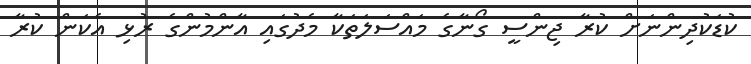
ކުޑަކުދިންނަށް ކުރާ ޖިންސީ ގޯނާގެ މައްސަލަތަކާ މެދުގައި އާންމުންގެ ރުޅި އެކަން ކުރާ